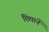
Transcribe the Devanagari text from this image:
छिपानें